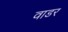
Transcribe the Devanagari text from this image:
वाडर